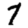
Digit: 7